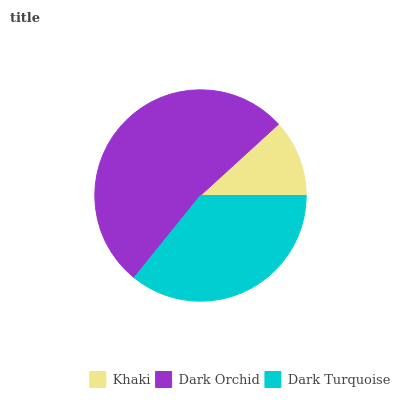
| Khaki | Dark Orchid | Dark Turquoise |
 | --- | --- | --- |
 | 11.8% | 52.4% | 35.8% |